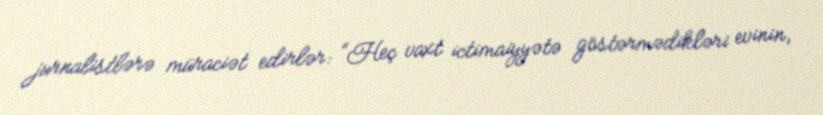
jurnalistlərə müraciət edirlər: “Heç vaxt ictimaiyyətə göstərmədikləri evinin,